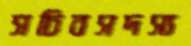
সচিবসদস্য